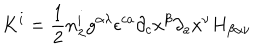
K ^ { i } = \frac { 1 } { 2 } n _ { \lambda } ^ { i } g ^ { \alpha \lambda } { \epsilon } ^ { c a } { \partial } _ { c } x ^ { \beta } { \partial } _ { a } x ^ { \nu } H _ { \beta \alpha \nu }